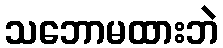
သဘောမထားဘဲ